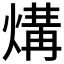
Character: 煹